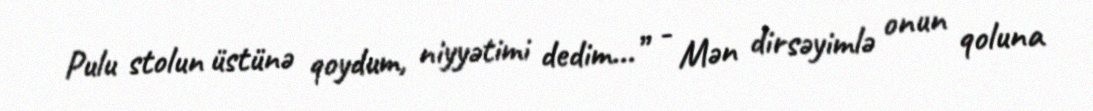
Pulu stolun üstünə qoydum, niyyətimi dedim...” - Mən dirsəyimlə onun qoluna